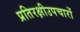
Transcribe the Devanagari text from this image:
प्रतिरक्षीउपचारों